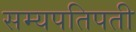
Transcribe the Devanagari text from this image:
सम्यपतिपती